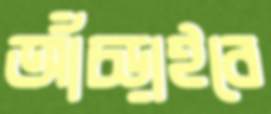
আঁচ্‌ড়াইবে